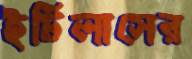
ইটিলাসের